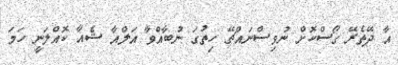
އާ ދޭތެރޭ ގޯސްކޮށް ނުުވިސްނައްޗޭ ހިތުގަ ނުބާއްވާ އަލްއާ ޝެއާ ކޮއްލަނީ ހަމަ